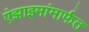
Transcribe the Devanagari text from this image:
एंझाइमांमार्फत